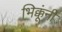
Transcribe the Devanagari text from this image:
भिक्कूंनी